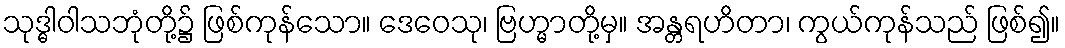
သုဒ္ဓါဝါသဘုံတို့၌ ဖြစ်ကုန်သော။ ဒေဝေသု၊ ဗြဟ္မာတို့မှ။ အန္တရဟိတာ၊ ကွယ်ကုန်သည် ဖြစ်၍။